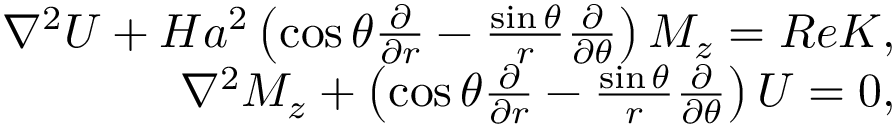
\begin{array} { r } { \nabla ^ { 2 } U + H a ^ { 2 } \left( \cos { \theta } \frac { \partial } { \partial r } - \frac { \sin { \theta } } { r } \frac { \partial } { \partial \theta } \right) M _ { z } = R e K , } \\ { \nabla ^ { 2 } M _ { z } + \left( \cos { \theta } \frac { \partial } { \partial r } - \frac { \sin { \theta } } { r } \frac { \partial } { \partial \theta } \right) U = 0 , } \end{array}